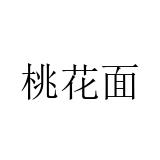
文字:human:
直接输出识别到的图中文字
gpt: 桃花面